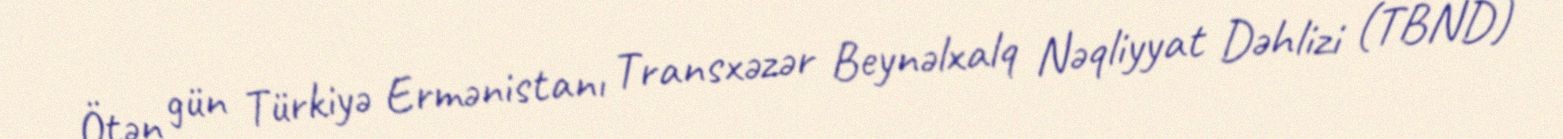
Ötən gün Türkiyə Ermənistanı Transxəzər Beynəlxalq Nəqliyyat Dəhlizi (TBND)